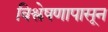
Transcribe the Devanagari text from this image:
विश्लेषणापासून